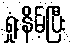
ရှုံးနိမ့်ပြီး